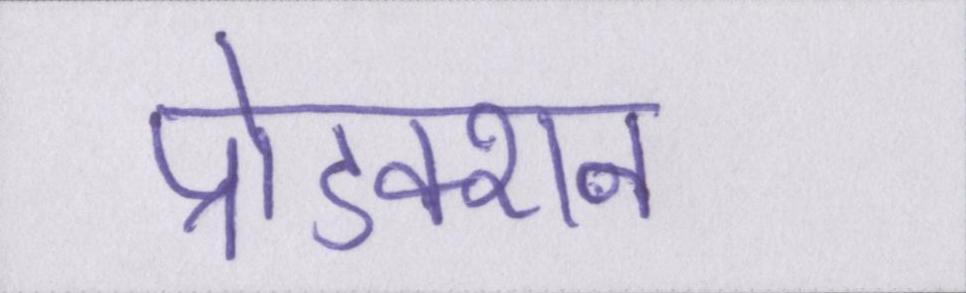
प्रोडक्शन